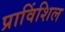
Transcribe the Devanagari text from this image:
प्राविंशिल